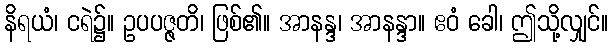
နိရယံ၊ ငရဲ၌။ ဥပပဇ္ဇတိ၊ ဖြစ်၏။ အာနန္ဒ၊ အာနန္ဒာ။ ဧဝံ ခေါ၊ ဤသို့လျှင်။